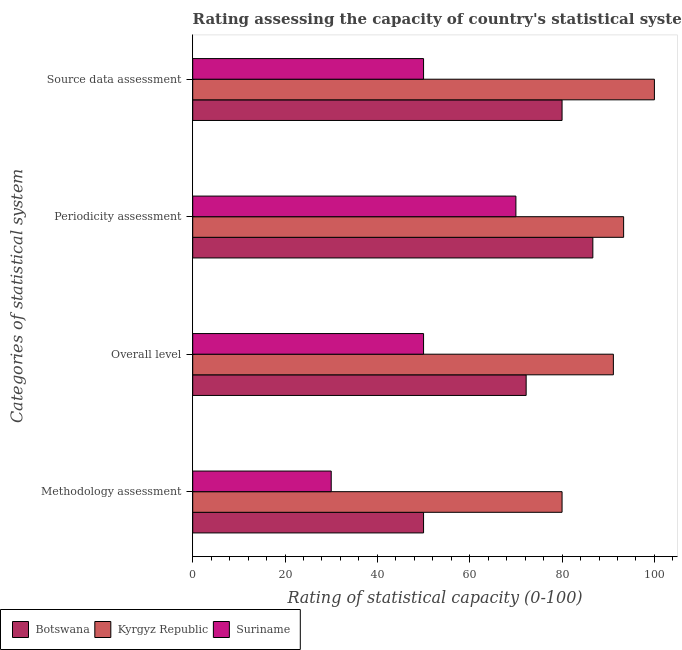
| Categories of statistical system | Botswana | Kyrgyz Republic | Suriname |
 | --- | --- | --- | --- |
 | Methodology assessment | 50 | 80 | 30 |
 | Overall level | 72.2 | 91.1 | 50 |
 | Periodicity assessment | 86.7 | 93.3 | 70 |
 | Source data assessment | 80 | 100 | 50 |